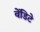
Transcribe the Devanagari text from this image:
वेंडिटे